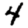
Digit: 4